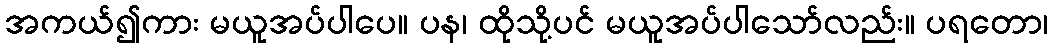
အကယ်၍ကား မယူအပ်ပါပေ။ ပန၊ ထိုသို့ပင် မယူအပ်ပါသော်လည်း။ ပရတော၊